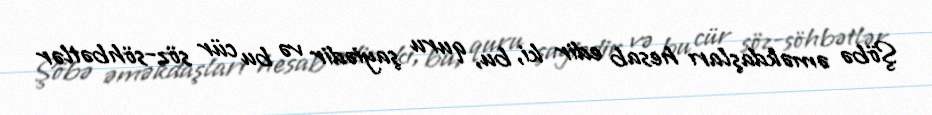
Şöbə əməkdaşları hesab edir ki, bu, quru şayiədir və bu cür söz-söhbətlər